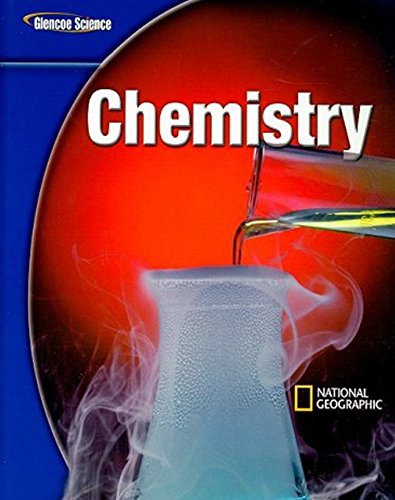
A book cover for Glencoe Physical iScience Modules: Chemistry, Grade 8, Student Edition (GLEN SCI: CHEMISTRY); McGraw-Hill Education; Children's Books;